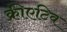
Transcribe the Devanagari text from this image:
क्रीएटिव